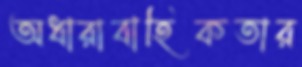
অধারাবাহিকতার